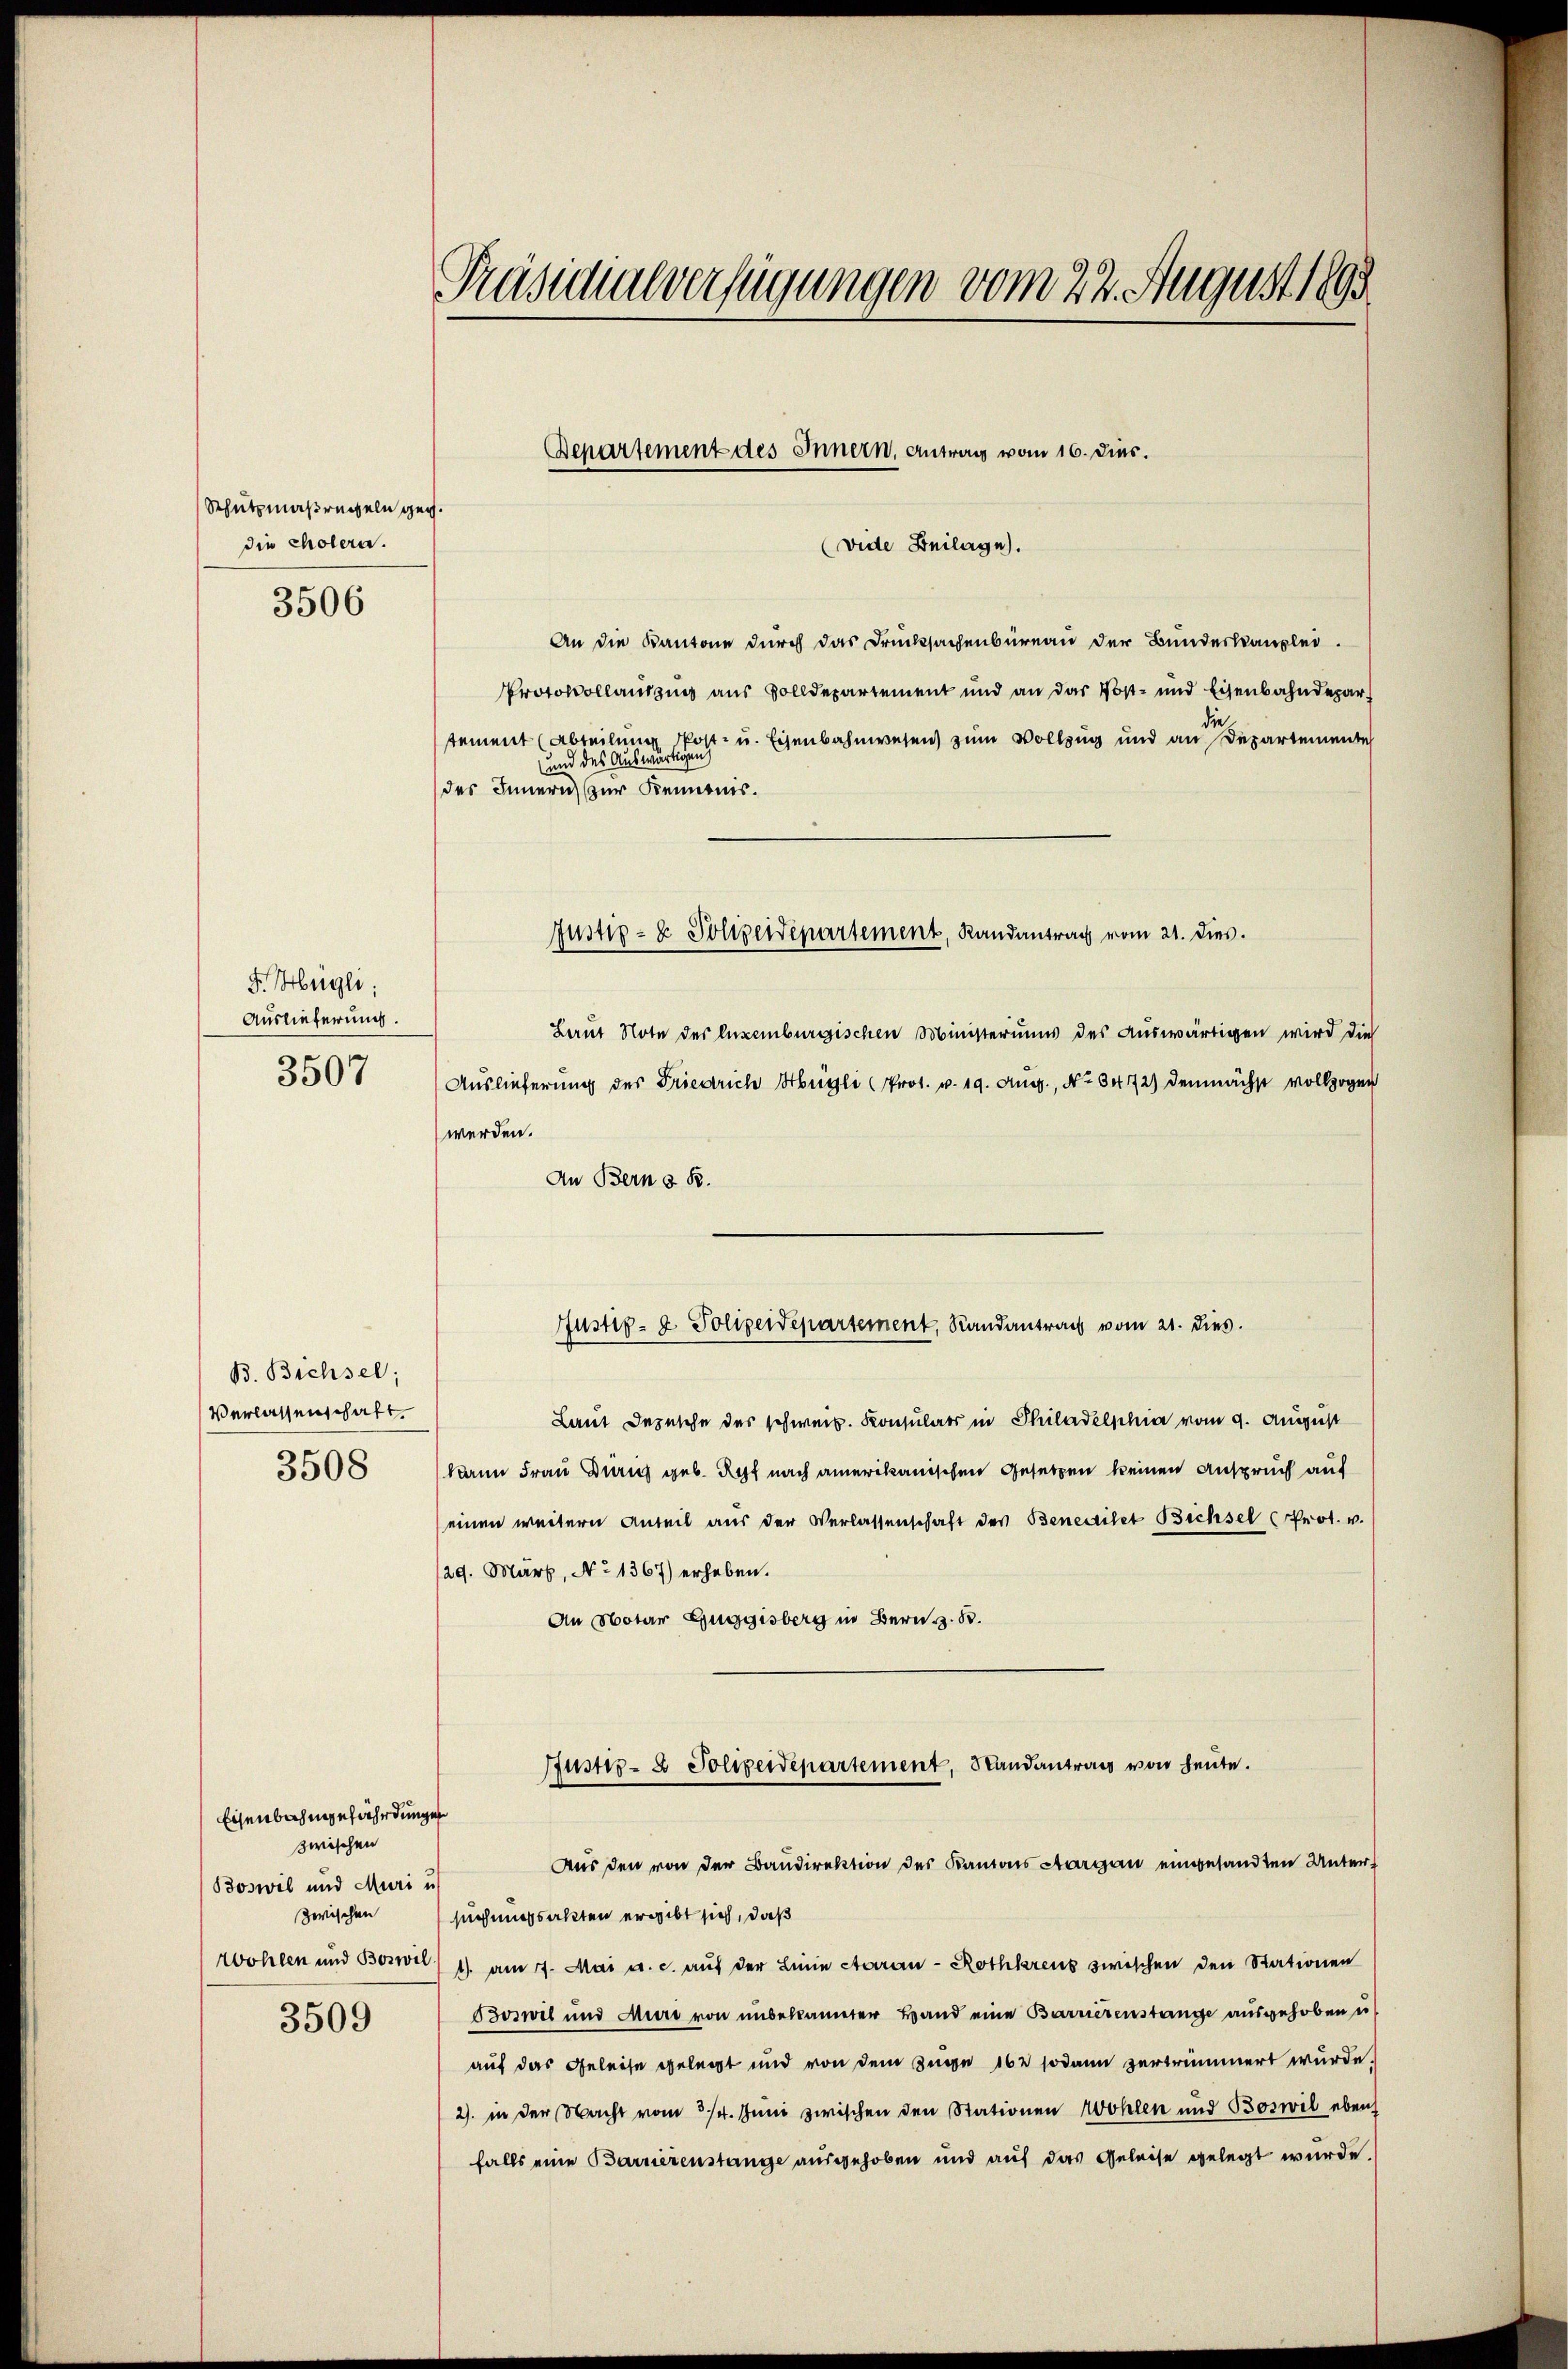
Schutzmaßregeln geg.
die holern.

3506

F. Hügli
Auslieferung.
3507

B. Bichsel;
Verlassenschaft
3508

Eisenbahngefährdungen
zwischen
Boswil und Muri u.
zwischen
3509

Präsidialverfügungen vom 22. August 1890

(vide Beilage).
An die Kantone durch das Drucksachenbüreau der Bundeskanzlei.
Protokollauszug aus Solldepartement und an das Post- und Eisenbahndepardie
tement (Abteilung Post- u. Eisenbahnwesen zum Vollzug und an Departemente
und des Auswärtigeng
des Innern zur Kenntnis.
Laut Note der Anzeiburgischen Ministeriums des Auswärtigen wird die
Auslieferung der Friedrich Hügli (Prot. v. 19. Aug., No 6472) demnächst vollzogen
werden.
An Bern z. B.
Justiz- & Polizeidepartement, Randantrag vom 21. dies.
Laut Depesche des schweiz. Konsulats in Philadelphia vom 9. August
(kann Frau Zürich geb. Rest nach amerikanischen Gesetzen keinen Anspruch auf
einen weitern Anteil aus der Verlassenschaft des Benediket Bichsel (Prot. v.
/29. März, No 1367) erheben.
An Notar Guggisberg in Bern z. B.

Bepartement des Innern, Antrag vom 16. Dies.

Justiz- & Polizendepartement, Randantrag vom 21. dies.

Justiz- & Polizeidepartement, Randantrag von heute.
Aus den von der Baudirektion des Kantons Aargau eingesandten Unter¬

suchungsakten ergibt sich, daß
zvohlen und Boswil) 11. am 7. Mai a. c. auf der Linie Aarau - Rothkreuz zwischen den Stationen
Boswil und Muri von unbekannter Hand eine Barrierenstange ausgehoben u.
auf das Geleise gelegt und von dem Zuge 162 sodann zertrümmert wurde.
2) in der Nacht vom 3/4. Juni zwischen den Stationen Wohlen und Boswil eben
falls eine Barrierenstange ausgehoben und auf das Geleise gelegt wurde.